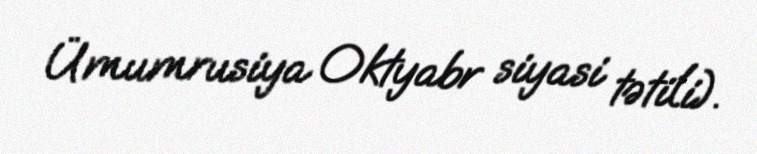
Ümumrusiya Oktyabr siyasi tətili).